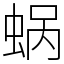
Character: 蜗